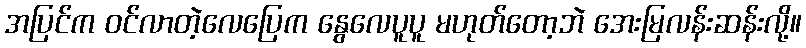
အပြင်က ဝင်လာတဲ့လေပြေက နွေလေပူပူ မဟုတ်တော့ဘဲ အေးမြလန်းဆန်းလို့။